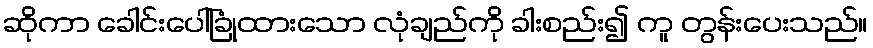
ဆိုကာ ခေါင်းပေါ်ခြုံထားသော လုံချည်ကို ခါးစည်း၍ ကူ တွန်းပေးသည်။